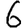
Digit: 6